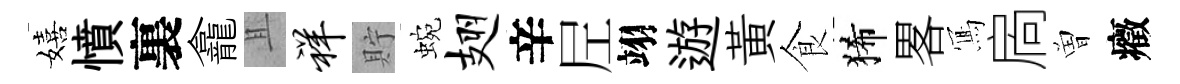
嬉憤裏龕且祥貯蜿翅辛𡰱翊遊黄食狶畧𭂁扄曽癥